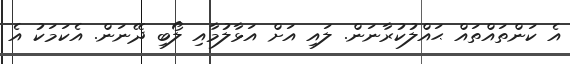
އެ ކަންތައްތައް ޙައްލުކުރާނަން. ލައި އަށް އަޅާލުމާއި ލޯބި ދޭނަން. އެކަމަކު އެ